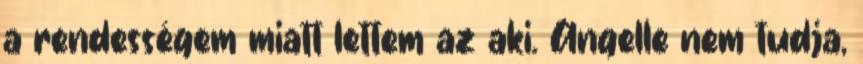
a rendességem miatt lettem az aki. Angelle nem tudja,